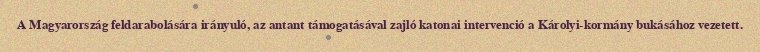
A Magyarország feldarabolására irányuló, az antant támogatásával zajló katonai intervenció a Károlyi-kormány bukásához vezetett.